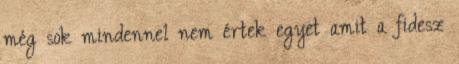
még sok mindennel nem értek egyet amit a fidesz